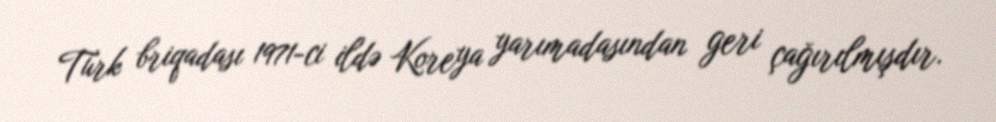
Türk briqadası 1971-ci ildə Koreya yarımadasından geri çağırılmışdır.